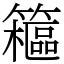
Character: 䉩